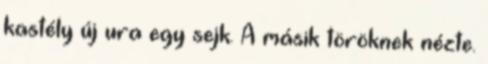
kastély új ura egy sejk. A másik töröknek nézte.